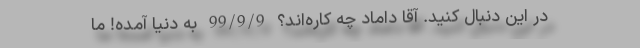
در این دنبال کنید. آقا داماد چه کاره‌اند؟ 99/9/9 به دنیا آمده! ما